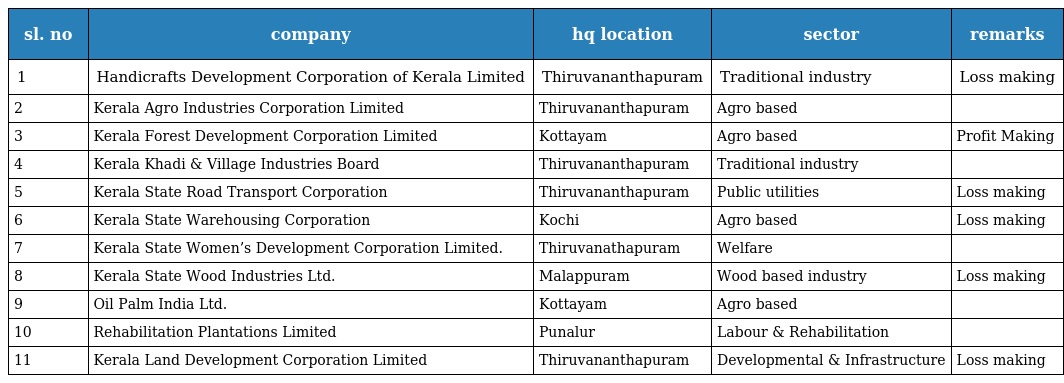
| sl. no | company | hq location | sector | remarks |
 | --- | --- | --- | --- | --- |
 | 1 | Handicrafts Development Corporation of Kerala Limited | Thiruvananthapuram | Traditional industry | Loss making |
 | 2 | Kerala Agro Industries Corporation Limited | Thiruvananthapuram | Agro based |  |
 | 3 | Kerala Forest Development Corporation Limited | Kottayam | Agro based | Profit Making |
 | 4 | Kerala Khadi & Village Industries Board | Thiruvananthapuram | Traditional industry |  |
 | 5 | Kerala State Road Transport Corporation | Thiruvananthapuram | Public utilities | Loss making |
 | 6 | Kerala State Warehousing Corporation | Kochi | Agro based | Loss making |
 | 7 | Kerala State Women’s Development Corporation Limited. | Thiruvanathapuram | Welfare |  |
 | 8 | Kerala State Wood Industries Ltd. | Malappuram | Wood based industry | Loss making |
 | 9 | Oil Palm India Ltd. | Kottayam | Agro based |  |
 | 10 | Rehabilitation Plantations Limited | Punalur | Labour & Rehabilitation |  |
 | 11 | Kerala Land Development Corporation Limited | Thiruvananthapuram | Developmental & Infrastructure | Loss making |